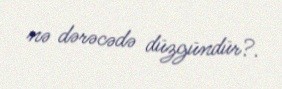
nə dərəcədə düzgündür?.